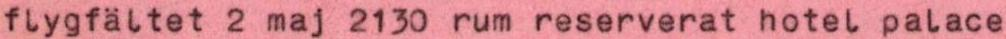
flygfältet 2 maj 2130 rum reserverat hotel palace